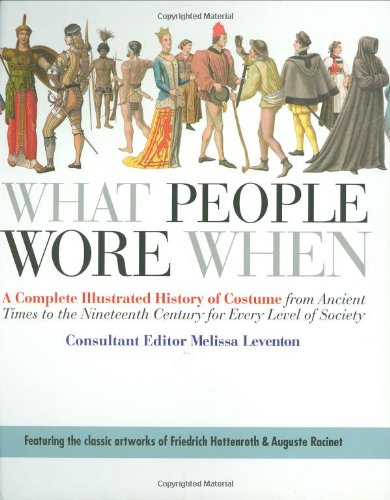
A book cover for What People Wore When: A Complete Illustrated History of Costume from Ancient Times to the Nineteenth Century for Every Level of Society; Melissa Leventon; Crafts, Hobbies & Home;